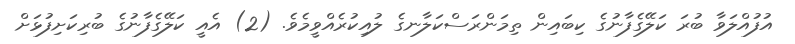
އުފުއްލަވާ ބުރަ ކަލޭގެފާނުގެ ކިބައިން ތިމަންރަސްކަލާނގެ ލުއިކުރެއްވީމެވެ. (2) އެއީ ކަލޭގެފާނުގެ ބުރިކަށިފުޅަށް